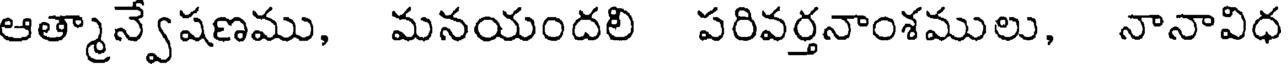
ఆత్మాన్వేషణము, మనయందలి పరివర్తనాంశములు, నానావిధ